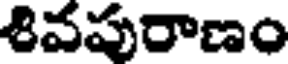
శివపురాణం